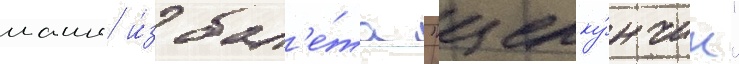
маши и́з бал'е́та "щелку́нчик"